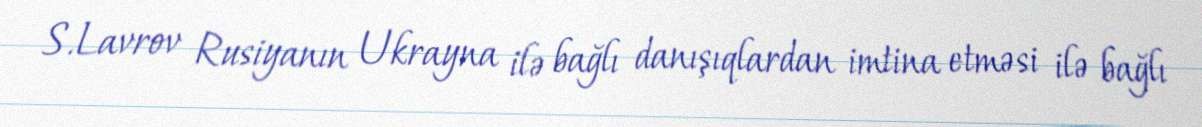
S.Lavrov Rusiyanın Ukrayna ilə bağlı danışıqlardan imtina etməsi ilə bağlı